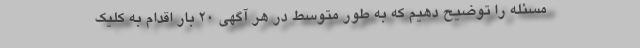
مسئله را توضیح دهیم که به طور متوسط در هر آگهی ۲۰ بار اقدام به کلیک